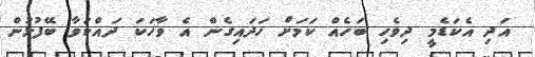
އަދި އެކަޑެމީ ދިވެހި ބަހެއް ކަމަށް ހަދައިގެން އެ ވާހަކަ ދައްކަވާ ބޭފުޅުން